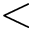
<